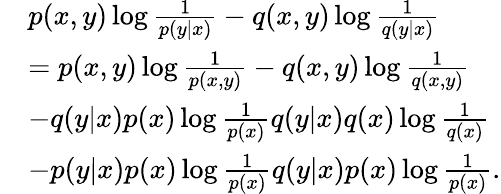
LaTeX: \begin{array}{rl}&{p(x,y)\log\frac{1}{p(y|x)}-q(x,y)\log\frac{1}{q(y|x)}}\\ &{=p(x,y)\log\frac{1}{p(x,y)}-q(x,y)\log\frac{1}{q(x,y)}}\\ &{-q(y|x)p(x)\log\frac{1}{p(x)}q(y|x)q(x)\log\frac{1}{q(x)}}\\ &{-p(y|x)p(x)\log\frac{1}{p(x)}q(y|x)p(x)\log\frac{1}{p(x)}.}\end{array}